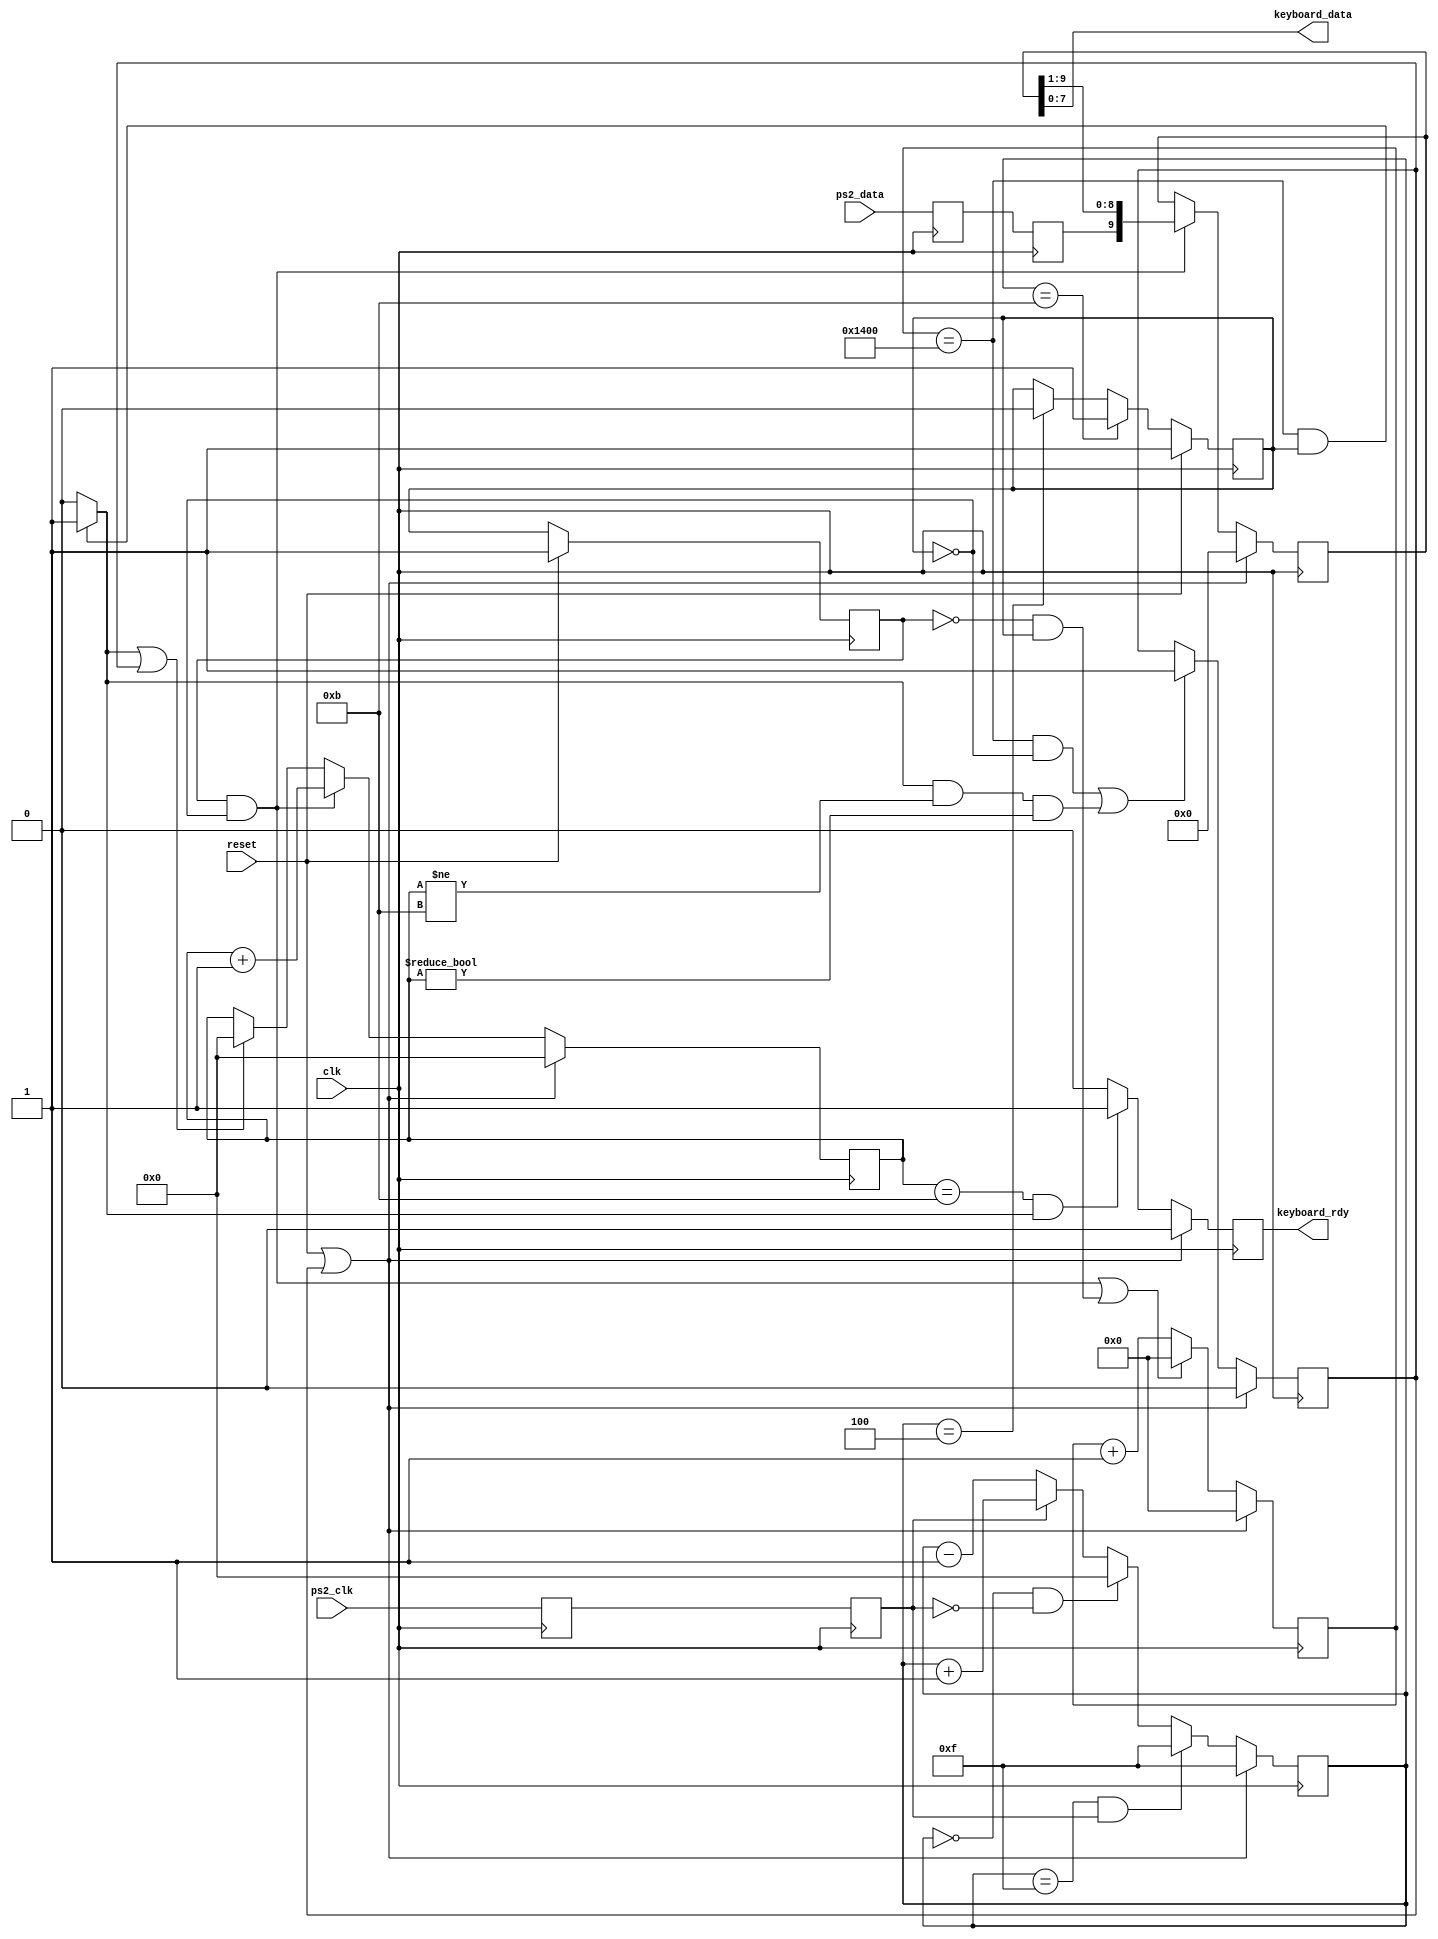
module keyboard(ps2_clk, ps2_data,
                clk, reset,
                keyboard_data, keyboard_rdy);
    input ps2_clk;
    input ps2_data;
    input clk;
    input reset;
    output [7:0] keyboard_data;
    output keyboard_rdy;

  reg ps2_clk_p;
  reg ps2_clk_s;
  reg ps2_data_p;
  reg ps2_data_s;
  wire [3:0] ps2_clk_int_x;
  reg [3:0] ps2_clk_int_r;
  reg ps2_clk_lvl;
  reg ps2_clk_lvl_prv;
  wire ps2_clk_fall;
  wire ps2_clk_rise;
  wire ps2_clk_edge;
  wire [9:0] data_x;
  reg [9:0] data_r;
  wire [12:0] timer_x;
  reg [12:0] timer_r;
  wire ps2_clk_quiet;
  wire [3:0] bitcnt_x;
  reg [3:0] bitcnt_r;
  wire rdy_x;
  reg rdy_r;
  wire err_x;
  reg err_r;

  // ps2 clock and data synchronizer
  always @(posedge clk) begin
    ps2_clk_p <= ps2_clk;
    ps2_clk_s <= ps2_clk_p;
    ps2_data_p <= ps2_data;
    ps2_data_s <= ps2_data_p;
  end

  // integrate ps2 clock
  assign ps2_clk_int_x =
    (ps2_clk_int_r == 4'b1111 && ps2_clk_s == 1) ? 4'b1111 :
    (ps2_clk_int_r == 4'b0000 && ps2_clk_s == 0) ? 4'b0000 :
    (ps2_clk_s == 1) ? ps2_clk_int_r + 1 :
    ps2_clk_int_r - 1;

  // clock level detector with hysteresis
  always @(posedge clk) begin
    if (reset == 1) begin
      ps2_clk_lvl_prv <= 1;
      ps2_clk_lvl <= 1;
    end else begin
      ps2_clk_lvl_prv <= ps2_clk_lvl;
      if (ps2_clk_int_r == 4'b0100) begin
        ps2_clk_lvl <= 0;
      end
      if (ps2_clk_int_r == 4'b1011) begin
        ps2_clk_lvl <= 1;
      end
    end
  end

  // find clock edges
  assign ps2_clk_fall = ps2_clk_lvl_prv & ~ps2_clk_lvl;
  assign ps2_clk_rise = ~ps2_clk_lvl_prv & ps2_clk_lvl;
  assign ps2_clk_edge = ps2_clk_fall | ps2_clk_rise;

  // shift ps2 data into a register
  assign data_x =
    (ps2_clk_fall == 1) ? { ps2_data_s, data_r[9:1]} : data_r;

  // clear timer if clock is pulsing, otherwise count
  assign timer_x =
    (ps2_clk_edge == 1) ? 13'b0000000000000 : timer_r + 1;

  // determine if clock has stopped at high level
  assign ps2_clk_quiet =
    (timer_r == 13'b1010000000000 && ps2_clk_lvl == 1) ? 1 : 0;

  // maintain bit counter
  assign bitcnt_x =
    (ps2_clk_fall == 1) ? bitcnt_r + 1 :
    (ps2_clk_quiet == 1 || err_r == 1) ? 4'b0000:
    bitcnt_r;

  // check if data ready
  assign rdy_x =
    (bitcnt_r == 4'b1011 && ps2_clk_quiet == 1) ? 1 : 0;

  // check for errors
  assign err_x =
    ((timer_r == 13'b1010000000000 &&
      ps2_clk_lvl == 0) ||
     (ps2_clk_quiet == 1 &&
      bitcnt_r != 4'b1011 &&
      bitcnt_r != 4'b0000)) ? 1 : err_r;

  // update state registers
  always @(posedge clk) begin
    if (reset == 1 || err_r == 1) begin
      ps2_clk_int_r <= 4'b1111;
      data_r <= 10'b0000000000;
      timer_r <= 13'b0000000000000;
      bitcnt_r <= 4'b0000;
      rdy_r <= 0;
      err_r <= 0;
    end else begin
      ps2_clk_int_r <= ps2_clk_int_x;
      data_r <= data_x;
      timer_r <= timer_x;
      bitcnt_r <= bitcnt_x;
      rdy_r <= rdy_x;
      err_r <= err_x;
    end
  end

  // assign outputs
  assign keyboard_data = data_r[7:0];
  assign keyboard_rdy = rdy_r;

endmodule